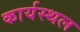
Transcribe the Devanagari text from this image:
कार्यस्‍थल